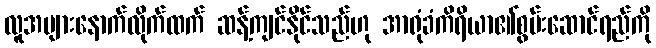
လူအများနောက်လိုက်ထက် ဆန့်ကျင်နိုင်သည်ဟု အာရုံခံကိရိယာ၏စွမ်းဆောင်ရည်ကို